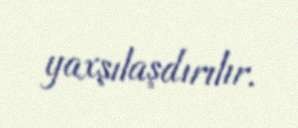
yaxşılaşdırılır.